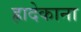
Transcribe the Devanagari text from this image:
ह्रादेकाना